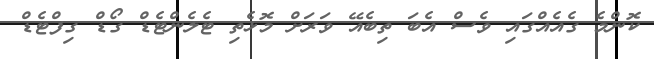
ކޮންމެ ގެއެއްގައި ވެސް އެބަ ތިބެއޭ ވަރަށް މޮޅެތި ޓެލެންޓެޑް ގޯޑް ގިފްޓެޑް